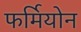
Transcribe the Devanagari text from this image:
फर्मियोन